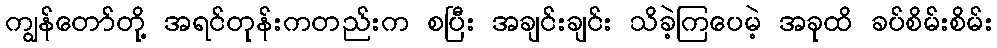
ကျွန်တော်တို့ အရင်တုန်းကတည်းက စပြီး အချင်းချင်း သိခဲ့ကြပေမဲ့ အခုထိ ခပ်စိမ်းစိမ်း